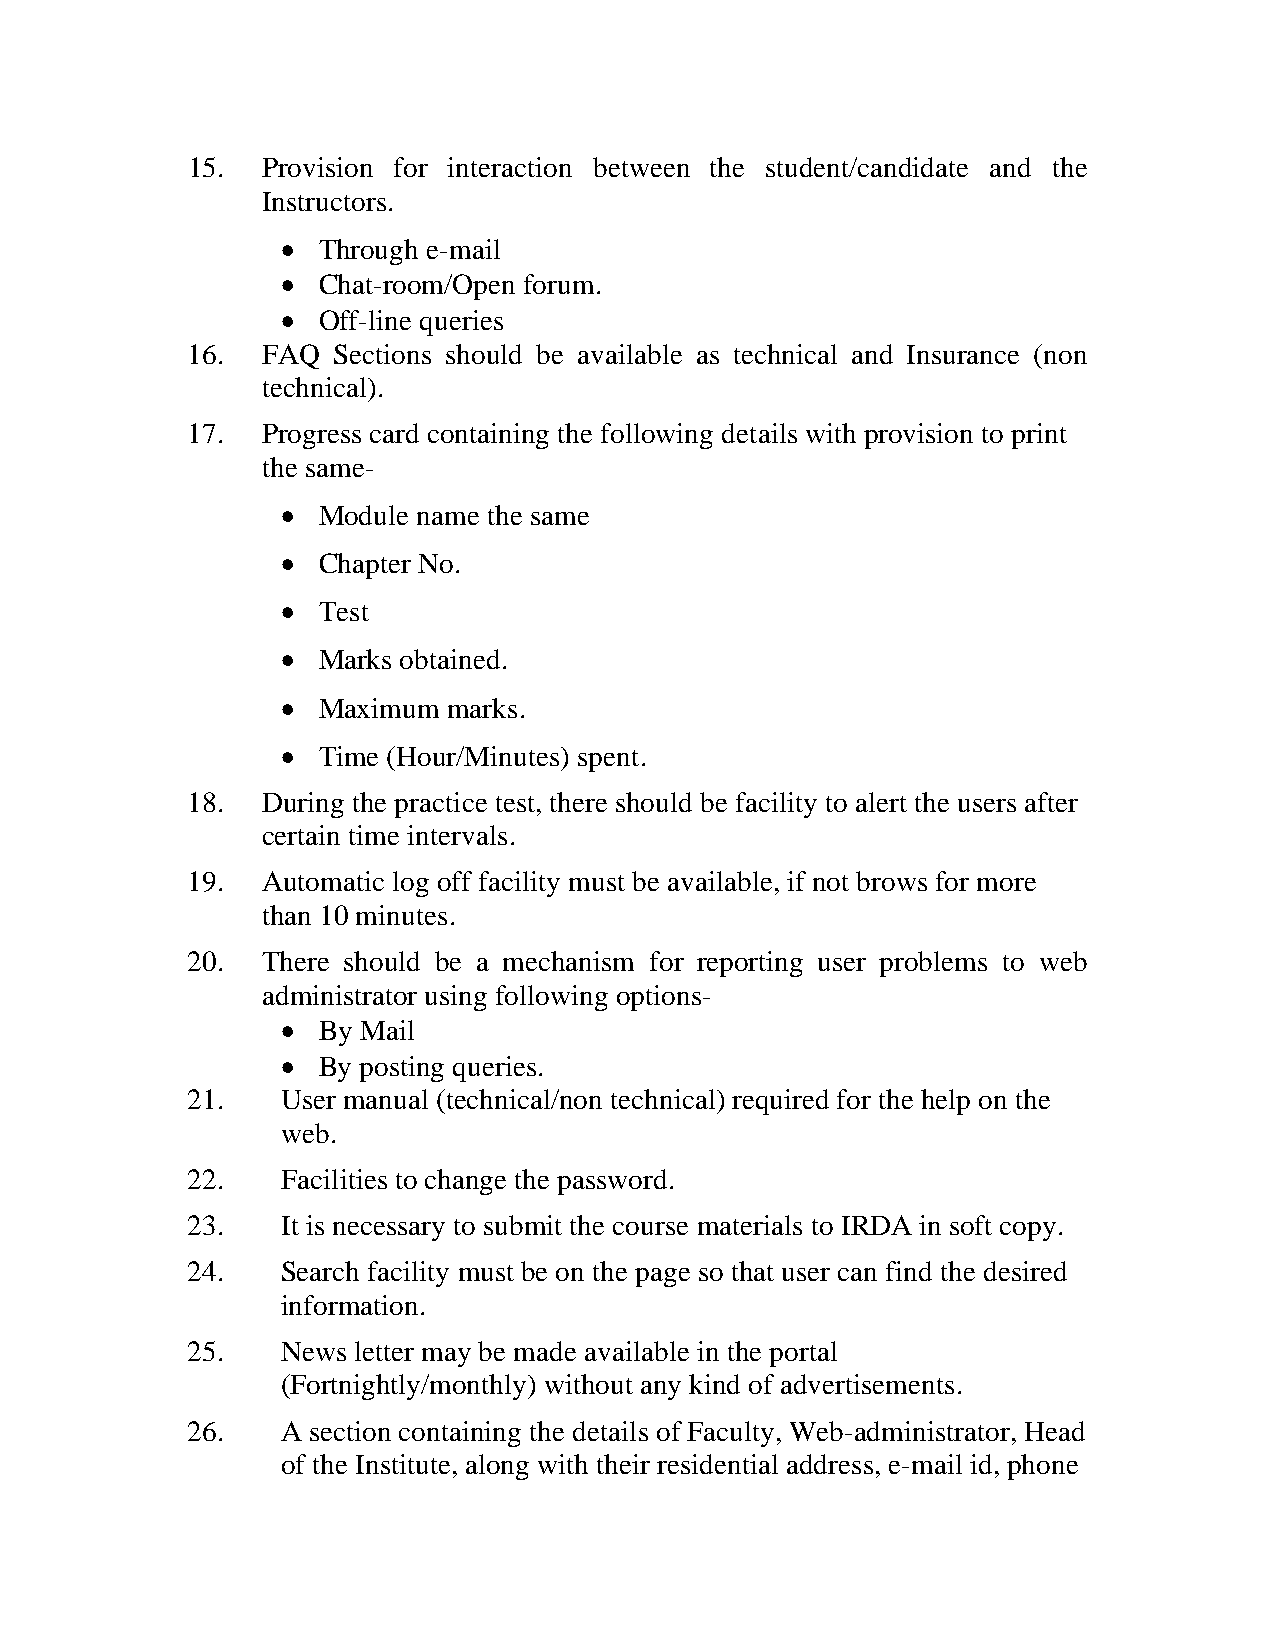
15.  Provision for interaction between the student/candidate and the
 Instructors.
 • Through e-mail
 • Chat-room/Open forum.
 • Off-line queries
 16.  FAQ  Sections should be available as technical and Insurance (non
 technical).
 17.  Progress card containing the following details with provision to print
 the same-
 • Module name the same
 • Chapter No.
 • Test
 • Marks obtained.
 • Maximum  marks.
 • Time (Hour/Minutes) spent.
 18.  During the practice test, there should be facility to alert the users after
 certain time intervals.
 19.  Automatic log off facility must be available, if not brows for more
 than 10 minutes.
 20.  There should be a mechanism for reporting user problems to web
 administrator using following options-
 • By Mail
 • By posting queries.
 21.    User manual (technical/non technical) required for the help on the
 web.
 22.    Facilities to change the password.
 23.    It is necessary to submit the course materials to IRDA in soft copy.
 24.    Search facility must be on the page so that user can find the desired
 information.
 25.    News letter may be made available in the portal
 (Fortnightly/monthly) without any kind of advertisements.
 26.    A section containing the details of Faculty, Web-administrator, Head
 of the Institute, along with their residential address, e-mail id, phone